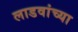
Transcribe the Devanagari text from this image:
लाडवांच्या